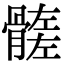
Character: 𩪄